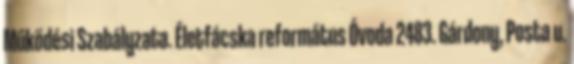
Működési Szabályzata. Életfácska református Óvoda 2483. Gárdony, Posta u.